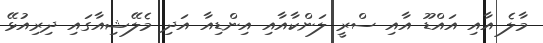
މާލެ އާއި އައްޑޫ އާއި ސްރީ ލަންކާއާއި އިންޑިއާ އަދި މެލޭޝިއާގައި ދިރިއުޅޭ